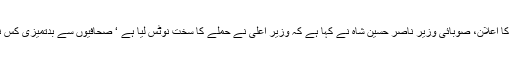
13 نومبر2018ء) سندھ حکومت کا کراچی پریس کلب پر حملے کی انکوائری کرانے کا اعلان، صوبائی وزیر ناصر حسین شاہ نے کہا ہے کہ وزیر اعلیٰ نے حملے کا سخت نوٹس لیا ہے ‘ صحافیوں سے بدتمیزی کس نے کی تحقیقات کریں گے‘سندھ حکومت اور پیپلزپارٹی کا واقعے سے کوئی تعلق نہیں۔